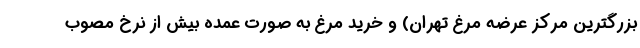
بزرگترین مرکز عرضه مرغ تهران) و خرید مرغ به صورت عمده بیش از نرخ مصوب